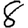
Digit: 8